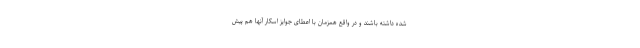
شده داشته باشند و در واقع همزمان با اعطای جوایز اسکار آنها هم پیش